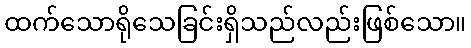
ထက်သောရိုသေခြင်းရှိသည်လည်းဖြစ်သော။